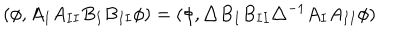
LaTeX: ( \phi , A _ { I } A _ { I I } B _ { I } B _ { I I } \phi ) = ( \phi , \triangle B _ { I } B _ { I I } \triangle ^ { - 1 } A _ { I } A _ { I I } \phi )